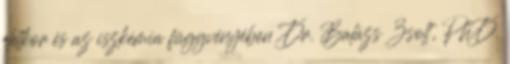
életkor és az iszkémia függvényében Dr. Balázs Zsolt, PhD.